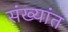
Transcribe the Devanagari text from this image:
संख्यांत